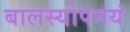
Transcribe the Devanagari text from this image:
बालस्योपनयं